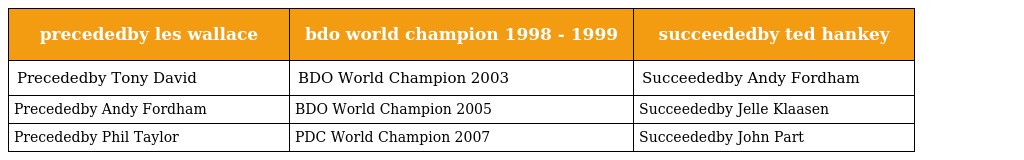
| precededby les wallace | bdo world champion 1998 - 1999 | succeededby ted hankey |
 | --- | --- | --- |
 | Precededby Tony David | BDO World Champion 2003 | Succeededby Andy Fordham |
 | Precededby Andy Fordham | BDO World Champion 2005 | Succeededby Jelle Klaasen |
 | Precededby Phil Taylor | PDC World Champion 2007 | Succeededby John Part |